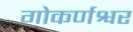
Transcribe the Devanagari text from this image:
गोकर्णश्वर